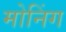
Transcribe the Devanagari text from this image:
मोनिंग